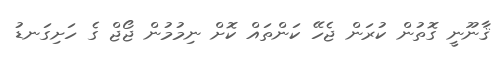
ޤާނޫނީ ގޮތުން ކުރަން ޖެހޭ ކަންތައް ކޮށް ނިމުމުން ޖޯޖް ގެ ހަށިގަނޑު